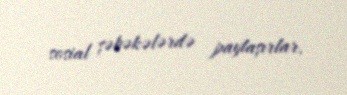
sosial şəbəkələrdə paylaşırlar.